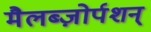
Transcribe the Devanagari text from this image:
मैलब्ज़ोर्पशन्